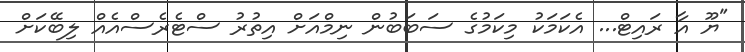
"ޔޫ އާ ރައިޓް... އެކަމަކު މިކަމުގެ ސަބަބުން ނިމްއަށް އިތުރު ސްޓެރެސްއެއް ލިބޭކަށް